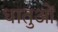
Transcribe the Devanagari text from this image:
धातुआें